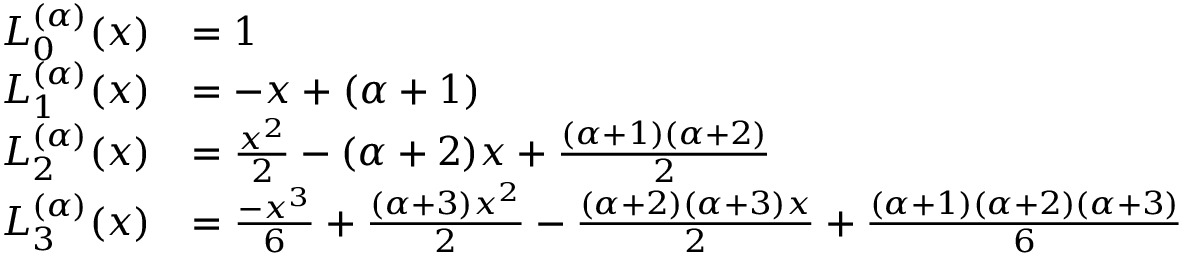
{ \begin{array} { r l } { L _ { 0 } ^ { ( \alpha ) } ( x ) } & { = 1 } \\ { L _ { 1 } ^ { ( \alpha ) } ( x ) } & { = - x + ( \alpha + 1 ) } \\ { L _ { 2 } ^ { ( \alpha ) } ( x ) } & { = { \frac { x ^ { 2 } } { 2 } } - ( \alpha + 2 ) x + { \frac { ( \alpha + 1 ) ( \alpha + 2 ) } { 2 } } } \\ { L _ { 3 } ^ { ( \alpha ) } ( x ) } & { = { \frac { - x ^ { 3 } } { 6 } } + { \frac { ( \alpha + 3 ) x ^ { 2 } } { 2 } } - { \frac { ( \alpha + 2 ) ( \alpha + 3 ) x } { 2 } } + { \frac { ( \alpha + 1 ) ( \alpha + 2 ) ( \alpha + 3 ) } { 6 } } } \end{array} }